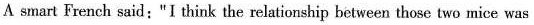
A smart French said:"I think the relationship between those two mice was that of husband and wife. " Again the others thought for a while,and all felt it made sense. A Japanese said:"I think the relationship between those two mice was that of mother and son." Once again the others thought for a while,and felt this was more reasonable.So they expressed agrecment another time. At that moment,one Chinese asked:" Why did those two mice have to have a certain relationship?" Suddenly, the group looked back at the Chinese and remained speechless. The American official,the French and the Japanese who had spoken earlier all lowered their heads in shame,and did not dare to answer. In fact, the true love is not built on friendship,loyalty or blood relation- ship. Instead,it is based on no relationship. 1.Neither of the two mice ran away immediately because_ A.one was biting the other B.the mouth of the hole was too small C.they were not afraid of smoke D.one was trying to help the blind one 2.Why did they lower their heads in shame according to the passage? A. They did not dare to answer. B.They had mistaken the relationship of the mice. C.They regretted driving a poor blind mouse away. D.They did not express themselves much better. 3.It is clear that__ A.all the mice came out of the hole easily B.each of the people understood the relationship differently C. the people wanted to kill the mice with smoke D.the people knew onc of the mice was blind at first sight 4."it made sense"probably means_ A.it was correct B.ìt was strange C.it was funny D.it was sweet 5. The best title for the passage is_ A.TWO LOVELY MICE B. HELP PRODUCES LOVE C.FRIENDS IN NEED D.LOVE IS ALL